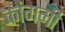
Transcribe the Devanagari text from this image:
कांगमी